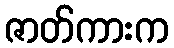
ဇာတ်ကားက